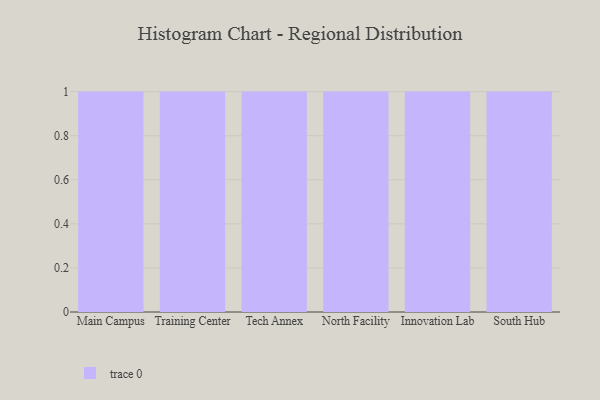
{"axis": {"x": "Campus", "y": "Active Users"}, "legend": [""], "data": [{"x": "Main Campus", "y": 3, "type": ""}, {"x": "Training Center", "y": 28, "type": ""}, {"x": "Tech Annex", "y": 61, "type": ""}, {"x": "North Facility", "y": 57, "type": ""}, {"x": "Innovation Lab", "y": 86, "type": ""}, {"x": "South Hub", "y": 8, "type": ""}]}